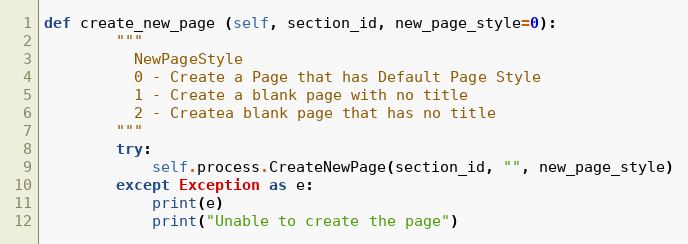
Language: Python
def create_new_page (self, section_id, new_page_style=0):
        """
          NewPageStyle
          0 - Create a Page that has Default Page Style
          1 - Create a blank page with no title
          2 - Createa blank page that has no title
        """
        try:
            self.process.CreateNewPage(section_id, "", new_page_style)
        except Exception as e:
            print(e)
            print("Unable to create the page")